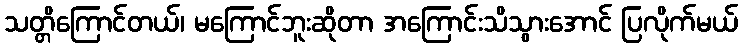
သတ္တိကြောင်တယ်၊ မကြောင်ဘူးဆိုတာ အကြောင်းသိသွားအောင် ပြလိုက်မယ်